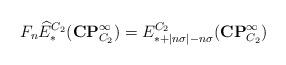
LaTeX: \begin{align*}F_n\widehat{E}^{C_2}_*(\mathbf{CP}^\infty_{C_2}) = E^{C_2}_{*+|n\sigma|-n\sigma}(\mathbf{CP}^\infty_{C_2})\end{align*}